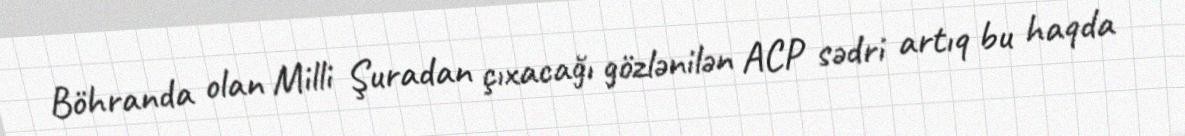
Böhranda olan Milli Şuradan çıxacağı gözlənilən ACP sədri artıq bu haqda